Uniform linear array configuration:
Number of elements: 64
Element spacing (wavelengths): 1
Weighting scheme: hann
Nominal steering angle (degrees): -60
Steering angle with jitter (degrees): -60.954
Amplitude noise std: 0.05
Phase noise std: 0.05

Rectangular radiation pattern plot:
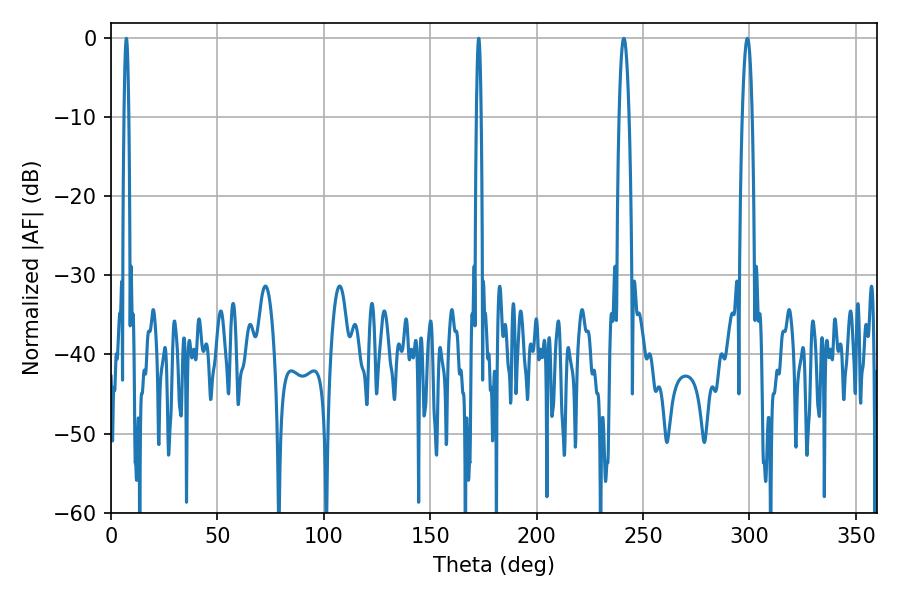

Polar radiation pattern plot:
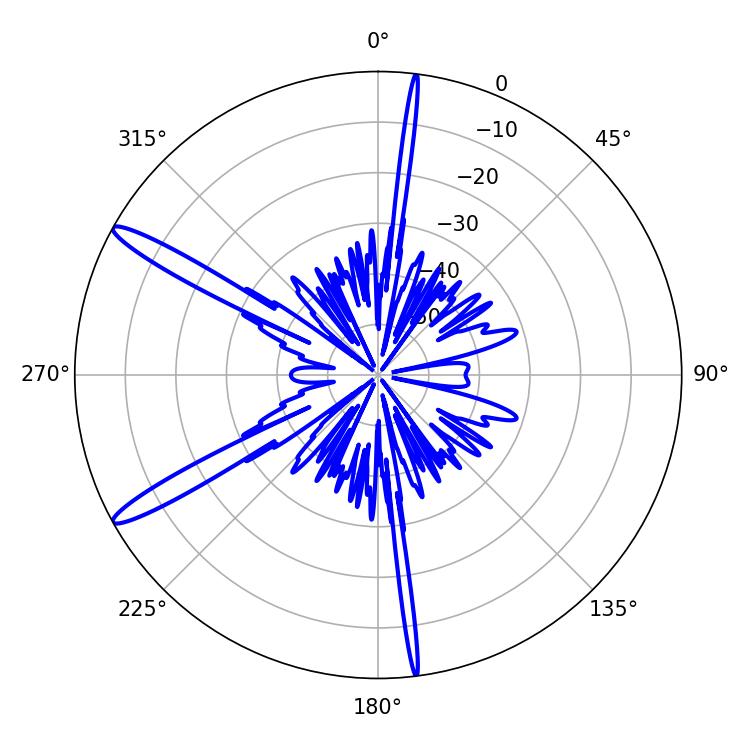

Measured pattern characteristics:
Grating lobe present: TRUE
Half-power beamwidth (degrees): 1.08
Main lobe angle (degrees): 7.2